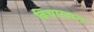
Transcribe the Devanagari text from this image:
विचारवम्त